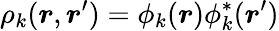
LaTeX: \rho_{k}(\boldsymbol{r},\boldsymbol{r}^{\prime})=\phi_{k}(\boldsymbol{r})\phi_{k}^{*}(\boldsymbol{r}^{\prime})